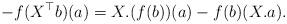
LaTeX: \begin{align*}-f(X^{\top}b)(a) = X.(f(b))(a) - f(b)(X.a).\end{align*}